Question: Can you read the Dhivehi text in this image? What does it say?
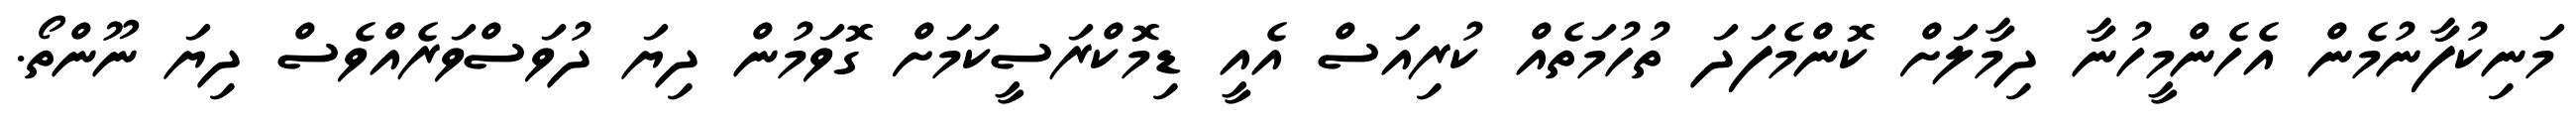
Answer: މަނިކުފާނުމެން އެހެންމީހުނާ ދިމާލަށް ކޮންމެފަދަ ތުހުމަތެއް ކުރިއަސް އެއީ ޑިމޮކްރަސީކަމަށް ގޮވަމުން ދިޔަ ދުވަސްވަރެއްވެސް ދިޔަ ނޫންތޯ.